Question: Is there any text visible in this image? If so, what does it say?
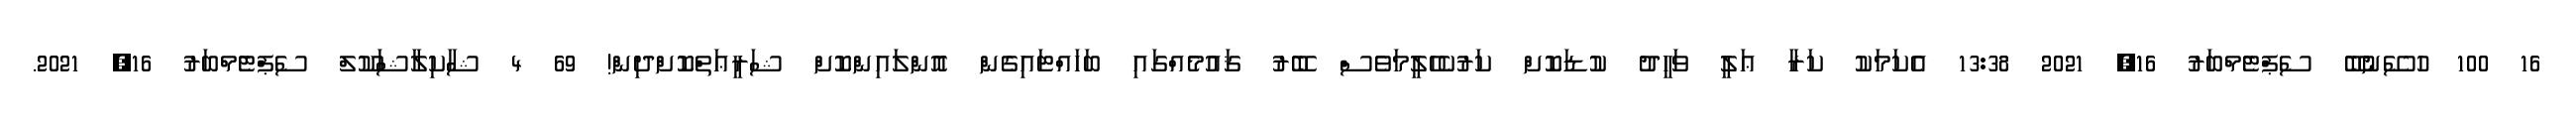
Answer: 16 100 ހުސޭނުބޭ ސެޕްޓެމްބަރު 16, 2021 13:38 އެކަމަކު ކަރާ ޢަލީ ވަހީދު ކުޑަކޮށް ކަރުކެހެލީމަވެސް ބޭރު ޤައުމެއްގައި ބަހައްޓައިގެން އޮންލައިންކޮށް ޝަރީޢަތްކޮށްދިން! 69 4 ޝާކިލާޝަކޫލް ސެޕްޓެމްބަރު 16, 2021.